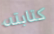
كتابته